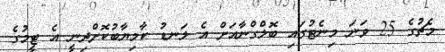
މެޗުގެ 25 ވަނަ މިނެޓުގައި ބޮލްގްނާއަށް އެ ލަނޑު ކާމިޔާބުކޮށްދިނީ އެ ޓީމުގެ